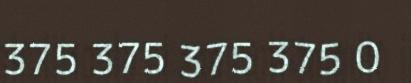
375 375 375 375 0